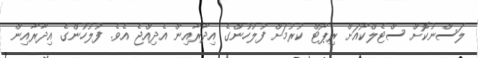
ލަސްނުކޮށް ސްޓެލްކޯއަށް ރިޕޯޓް ކުރުމަށް ފުލުހުންގެ އިދާރާއިން އެދިއްޖެ އެވެ. ފުލުހުންގެ އިދާރާއިން